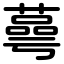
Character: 蕚